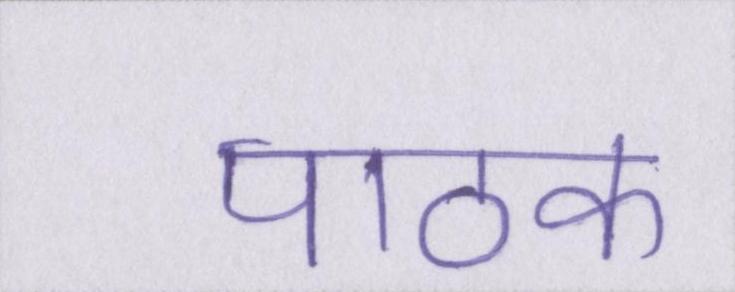
पाठक